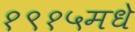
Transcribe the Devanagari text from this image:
१९१५मधे